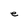
Character: e